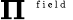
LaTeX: \boldsymbol{\Pi}^{\mathrm{~\tiny~{~f~i~e~l~d~}~}}